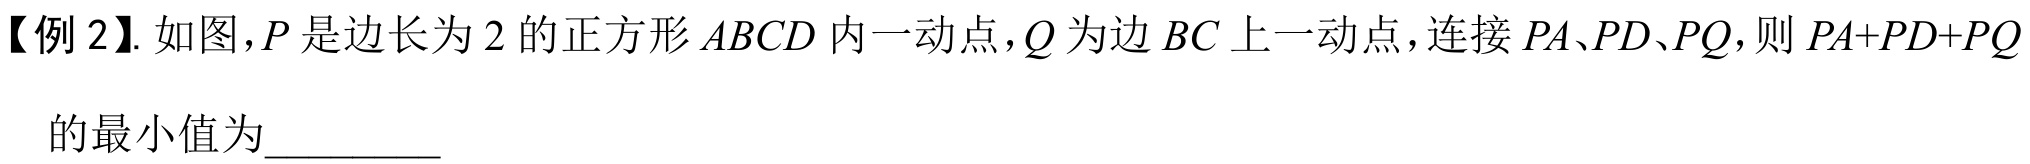
【例 2】. 如图，\(P\) 是边长为 \(2\) 的正方形 \(ABCD\) 内一动点，\(Q\) 为边 \(BC\) 上一动点，连接 \(PA、PD、PQ\)，则 \(PA + PD+PQ\) 的最小值为